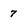
Character: 7